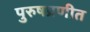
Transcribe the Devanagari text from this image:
पुरुषप्रणीत